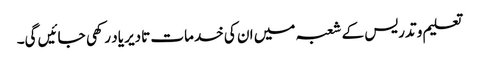
تعلیم و تدریس کے شعبہ میں ان کی خدمات تادیر یاد رکھی جائیں گی۔